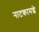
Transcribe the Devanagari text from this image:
नाटकामद्धे